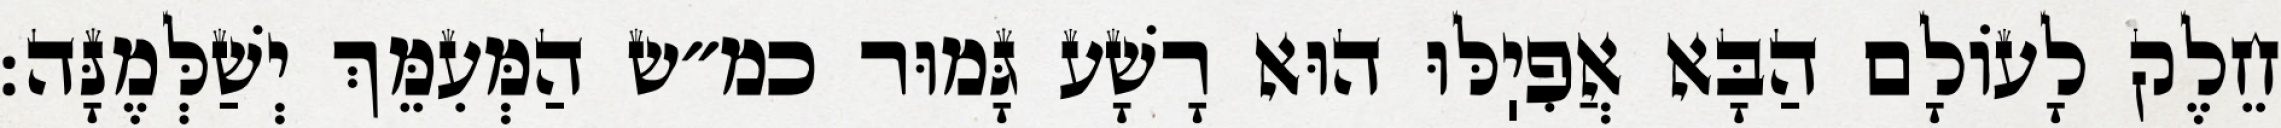
חֵלֶק לָעוֹלָם הַבָּא אֲפִיֽלּוּ הוּא רָשָׁע גָּמוּר כמ״ש הַמְּעִמֵּךְ יְשַׁלְּמֶנָּה: